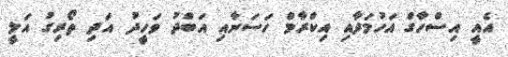
އެއީ އިސްހާގް އަހުމަދާއި އިކްރާމް ހަސަނާއި އަބްދު ވަހީދު އަދި ތޯރިގު އަލީ